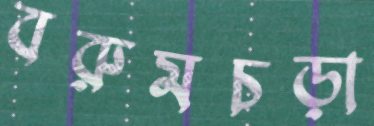
বরুমচড়া